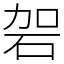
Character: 䂟